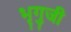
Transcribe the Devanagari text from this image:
भृगुजी